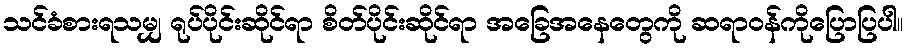
သင်ခံစားရသမျှ ရုပ်ပိုင်းဆိုင်ရာ စိတ်ပိုင်းဆိုင်ရာ အခြေအနေတွေကို ဆရာဝန်ကိုပြောပြပါ။